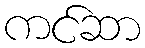
ကင်ဆာ